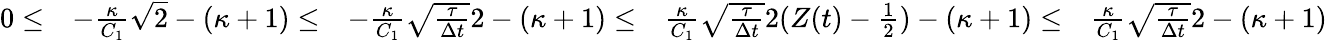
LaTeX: \begin{array}{rlrlr}{0\le}&{-\frac{\kappa}{C_{1}}\sqrt{2}-(\kappa+1)\le}&{-\frac{\kappa}{C_{1}}\sqrt{\frac{\tau}{\Delta t}}2-(\kappa+1)\le}&{\frac{\kappa}{C_{1}}\sqrt{\frac{\tau}{\Delta t}}2(Z(t)-\frac{1}{2})-(\kappa+1)\le}&{\frac{\kappa}{C_{1}}\sqrt{\frac{\tau}{\Delta t}}2-(\kappa+1)}\end{array}